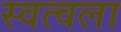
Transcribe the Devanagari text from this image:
स्वत्वला